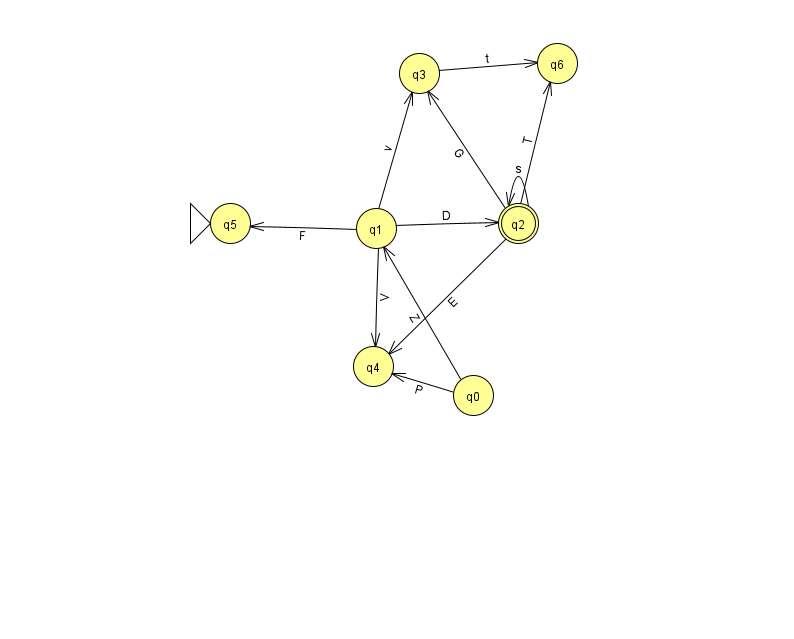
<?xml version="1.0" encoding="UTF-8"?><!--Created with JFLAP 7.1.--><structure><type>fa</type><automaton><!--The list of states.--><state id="0" name="q0"><x>473.0</x><y>382.0</y></state><state id="1" name="q1"><x>376.0</x><y>215.0</y></state><state id="2" name="q2"><x>518.0</x><y>210.0</y><final/></state><state id="3" name="q3"><x>419.0</x><y>60.0</y></state><state id="4" name="q4"><x>373.0</x><y>353.0</y></state><state id="5" name="q5"><x>230.0</x><y>210.0</y><initial/></state><state id="6" name="q6"><x>557.0</x><y>50.0</y></state><!--The list of transitions.--><transition><from>1</from><to>3</to><read>v</read></transition><transition><from>2</from><to>3</to><read>G</read></transition><transition><from>2</from><to>4</to><read>E</read></transition><transition><from>2</from><to>6</to><read>T</read></transition><transition><from>1</from><to>4</to><read>V</read></transition><transition><from>2</from><to>2</to><read>s</read></transition><transition><from>1</from><to>2</to><read>D</read></transition><transition><from>0</from><to>4</to><read>P</read></transition><transition><from>3</from><to>6</to><read>t</read></transition><transition><from>1</from><to>5</to><read>F</read></transition><transition><from>0</from><to>1</to><read>Z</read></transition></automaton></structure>